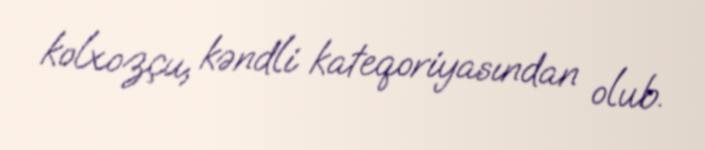
kolxozçu, kəndli kateqoriyasından olub.